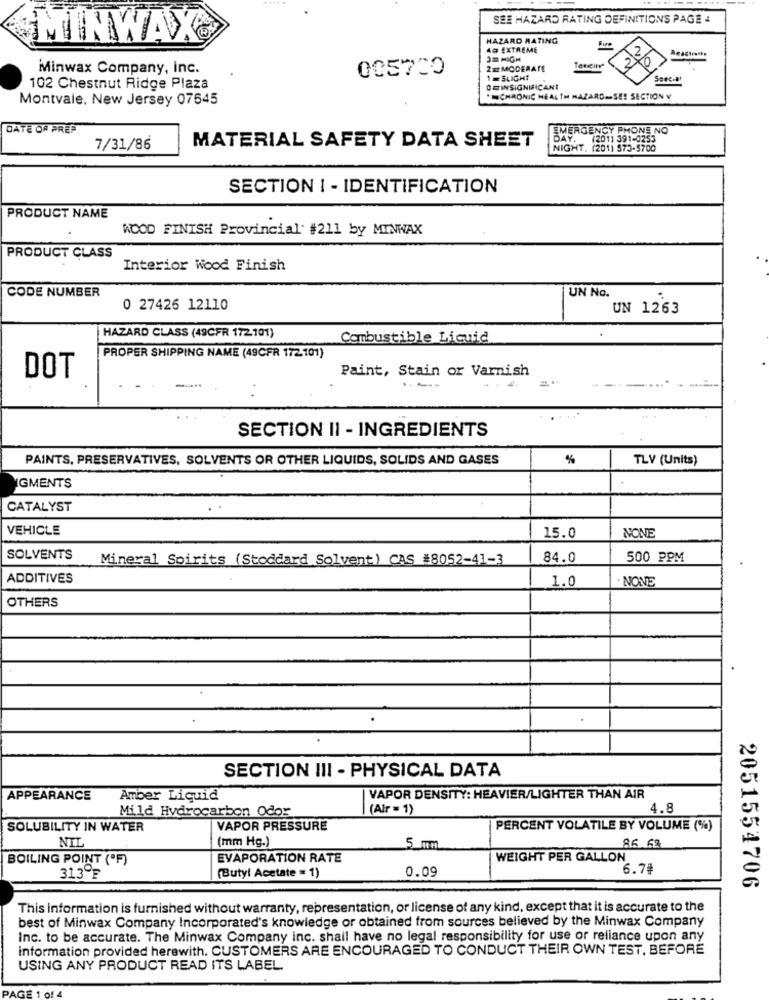
SEE HAZARD RATING DEFINITIONS PAGE 4
MINWAX®
HAZARD RATING
42 EXTREME
JE HIGH
2
Minwax Company, inc.
005700
2 = MODERATE
130
1 =SLIGHT
Spec.at
102 Chestnut Ridge Plaza
ODINSIGNIFICANT
Montvale, New Jersey 07645
"INCHRONIC HEALTH HAZARD-SE! SECTION V
DATE OF PREP
EMERGENCY PHONE NO
MATERIAL SAFETY DATA SHEET
(2011 391-0253
7/31/86
NIGHT. (201) 573-5700
SECTION I - IDENTIFICATION
PRODUCT NAME
WOOD FINISH Provincial' #211 by MINWAX
PRODUCT CLASS
Interior Wood Finish
CODE NUMBER
UN No.
0 27426 12110
UN 1263
HAZARD CLASS (49CFR 172101)
Combustible Liquid
PROPER SHIPPING NAME (49CFR 172101)
Paint, Stain or Varnish
DOT
----
SECTION II - INGREDIENTS
PAINTS, PRESERVATIVES, SOLVENTS OR OTHER LIQUIDS, SOLIDS AND GASES
%
TLV (Units)
GMENTS
CATALYST
VEHICLE
15.0
NONE
SOLVENTS
Mineral Soirits (Stoddard Solvent) CAS #8052-41-3
84.0
500 PPM
ADDITIVES
1.0
NONE
OTHERS
SECTION III - PHYSICAL DATA
APPEARANCE
Amber Liquid
VAPOR DENSITY: HEAVIER/LIGHTER THAN AIR
Mild Hydrocarbon Odor
(Air = 1)
4.8
SOLUBILITY IN WATER
VAPOR PRESSURE
PERCENT VOLATILE BY VOLUME (%)
NIL
(mm Hg.)
5 mm
86 62
BOILING POINT ('F)
EVAPORATION RATE
WEIGHT PER GALLON
0.09
6.74
313ºF
(Butyl Acetate = 1)
2051554706
This information is furnished without warranty, representation, or license of any kind, except that it is accurate to the
best of Minwax Company Incorporated's knowledge or obtained from sources believed by the Minwax Company
Inc. to be accurate. The Minwax Company inc. shall have no legal responsibility for use or reliance upon any
information provided herewith. CUSTOMERS ARE ENCOURAGED TO CONDUCT THEIR OWN TEST, BEFORE
USING ANY PRODUCT READ ITS LABEL.